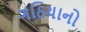
ગઠિયાનો